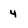
Character: 4